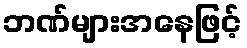
ဘဏ်များအနေဖြင့်